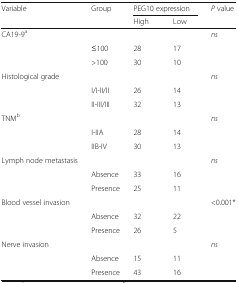
| <ROWSPAN=2> Variable | <ROWSPAN=2> Group | <COLSPAN=2> PEG10 expression | <ROWSPAN=2> P value |
 | High | Low |
 | --- | --- | --- | --- | --- |
 | CA19-9a |  |  |  | ns |
 |  | ≤100 | 28 | 17 |  |
 |  | >100 | 30 | 10 |  |
 | Histological grade |  |  |  | ns |
 |  | I/I-II/II | 26 | 14 |  |
 |  | II-III/III | 32 | 13 |  |
 | TNMb |  |  |  | ns |
 |  | I-IIA | 28 | 14 |  |
 |  | IIB-IV | 30 | 13 |  |
 | Lymph node metastasis |  |  |  | ns |
 |  | Absence | 33 | 16 |  |
 |  | Presence | 25 | 11 |  |
 | Blood vessel invasion |  |  |  | <0.001* |
 |  | Absence | 32 | 22 |  |
 |  | Presence | 26 | 5 |  |
 | Nerve invasion |  |  |  | ns |
 |  | Absence | 15 | 11 |  |
 |  | Presence | 43 | 16 |  |